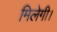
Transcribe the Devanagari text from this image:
मिलेगी।